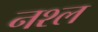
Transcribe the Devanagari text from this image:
नश्ल